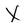
Character: X